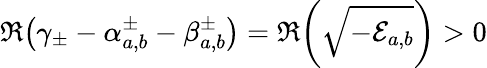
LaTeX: \Re{\left(\gamma_{\pm}-\alpha_{a,b}^{\pm}-\beta_{a,b}^{\pm}\right)}=\Re{\left(\sqrt{-\mathcal{E}_{a,b}}\right)}>0